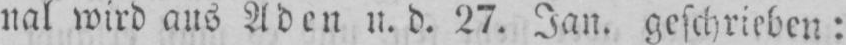
nal wird aus Aden u. d. 27. Jan. geschrieben: